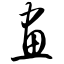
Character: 画